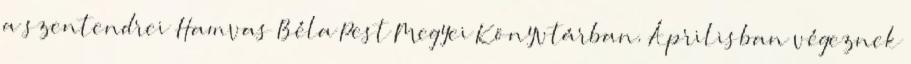
a szentendrei Hamvas Béla Pest Megyei Könyvtárban. Áprilisban végeznek